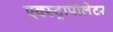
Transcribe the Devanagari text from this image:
एक्स्ट्रापोलेटर